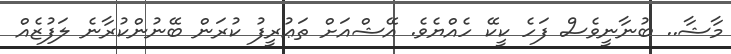
މާޝާ.. ބުނާނީވެސް ފަހެ ކީކޭ ހެއްޔެވެ. އޭޝްއަށް ތަޢުރީފު ކުރަން ބޭނުންކުރާނެ ލަފުޒެއް